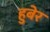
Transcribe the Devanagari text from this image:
हुबेर